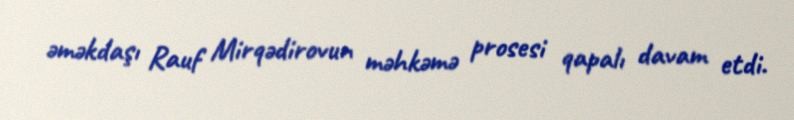
əməkdaşı Rauf Mirqədirovun məhkəmə prosesi qapalı davam etdi.